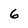
Character: 6